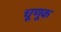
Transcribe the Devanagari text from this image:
चूणूक